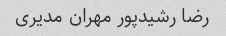
رضا رشیدپور مهران مدیری